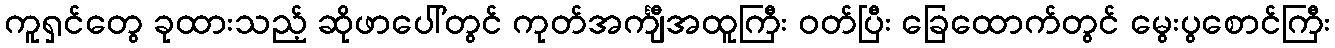
ကူရှင်တွေ ခုထားသည့် ဆိုဖာပေါ်တွင် ကုတ်အင်္ကျီအထူကြီး ဝတ်ပြီး ခြေထောက်တွင် မွေးပွစောင်ကြီး